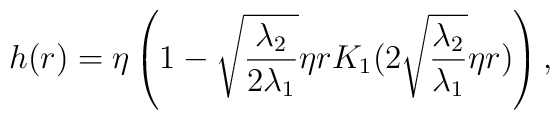
h(r)=\eta \left( 1 -\sqrt{\frac{\lambda_2}{2\lambda_1}} \eta r K_1 (2\sqrt{\frac{\lambda_2}{\lambda_1}} \eta r) \right) ,